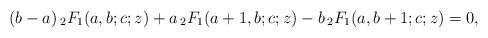
LaTeX: \begin{align*} (b-a)\, {}_2 F_1 (a,b;c;z) + a \, {}_2 F_1 (a+1,b;c;z) - b \, {}_2 F_1 (a,b+1;c;z) = 0, \end{align*}